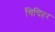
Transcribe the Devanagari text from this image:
चिचिहर